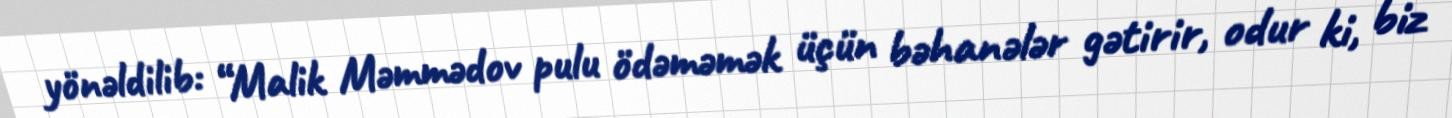
yönəldilib: “Malik Məmmədov pulu ödəməmək üçün bəhanələr gətirir, odur ki, biz